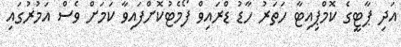
އަދި ޕާޓީގެ ކޮމްޕިއިޓާ ހަތަރު ހާޑު ޑްރައިވް ފޯމެޓުކޮށްފައިވާ ކަމަށް ވެސް އަމުރުގައި